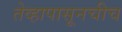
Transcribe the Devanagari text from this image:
तेव्हापासूनचीच